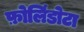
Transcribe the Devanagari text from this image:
फ़ोलिंडोटा